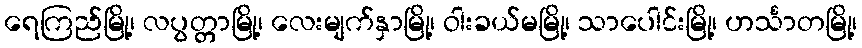
ရေကြည်မြို့၊ လပွတ္တာမြို့၊ လေးမျက်နှာမြို့၊ ဝါးခယ်မမြို့၊ သာပေါင်းမြို့၊ ဟင်္သာတမြို့၊